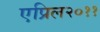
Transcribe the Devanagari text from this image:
एप्रिल२०११